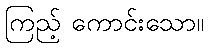
ကြည့် ကောင်းသော။